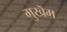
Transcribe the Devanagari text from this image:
मुखॆम